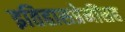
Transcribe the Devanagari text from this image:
इतिहासप्रेमींसह